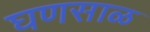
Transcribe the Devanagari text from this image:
घणसाळ